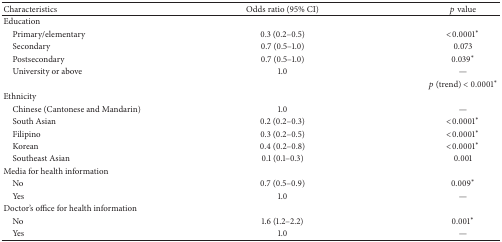
<table><thead><tr><td><b>Characteristics</b></td><td><b>Odds ratio (95% CI)</b></td><td><b><i>p</i> value</b></td></tr></thead><tbody><tr><td>Education</td><td> </td><td> </td></tr><tr><td> Primary/elementary</td><td>0.3 (0.2–0.5)</td><td>&lt;0.0001<sup><i>∗</i></sup></td></tr><tr><td> Secondary</td><td>0.7 (0.5–1.0)</td><td>0.073</td></tr><tr><td> Postsecondary</td><td>0.7 (0.5–1.0)</td><td>0.039<sup><i>∗</i></sup></td></tr><tr><td> University or above</td><td>1.0</td><td>—</td></tr><tr><td> </td><td> </td><td><i>p</i> (trend) &lt; 0.0001<sup><i>∗</i></sup></td></tr><tr><td>Ethnicity</td><td> </td><td> </td></tr><tr><td> Chinese (Cantonese and Mandarin)</td><td>1.0</td><td>—</td></tr><tr><td> South Asian</td><td>0.2 (0.2–0.3)</td><td>&lt;0.0001<sup><i>∗</i></sup></td></tr><tr><td> Filipino</td><td>0.3 (0.2–0.5)</td><td>&lt;0.0001<sup><i>∗</i></sup></td></tr><tr><td> Korean</td><td>0.4 (0.2–0.8)</td><td>&lt;0.0001<sup><i>∗</i></sup></td></tr><tr><td> Southeast Asian</td><td>0.1 (0.1–0.3)</td><td>0.001</td></tr><tr><td>Media for health information</td><td> </td><td> </td></tr><tr><td> No</td><td>0.7 (0.5–0.9)</td><td>0.009<sup><i>∗</i></sup></td></tr><tr><td> Yes</td><td>1.0</td><td>—</td></tr><tr><td>Doctor&#x27;s office for health information</td><td> </td><td> </td></tr><tr><td> No</td><td>1.6 (1.2–2.2)</td><td>0.001<sup><i>∗</i></sup></td></tr><tr><td> Yes</td><td>1.0</td><td>—</td></tr></tbody></table>